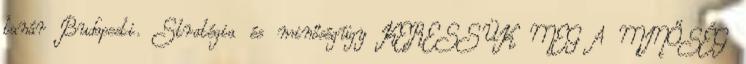
tanár Budapesti. Stratégia és minőségügy KERESSÜK MEG A MINŐSÉG